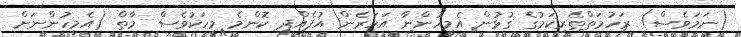
(ނަމަވެސް) ރަހުމަތްތެރިކަމުގެ ގުޅުން އެމީހުންނާ އަހަރެން އުފެއްދި ކޮންމެ މީހަކުވެސް މާތް (އެމީހުންނަށް